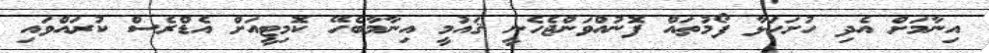
އިނާމަށް އެދި ހުށަހަޅާ ފޯމުތައް ފޮނުއްވަންޖެހެނީ ޤައުމީ އިނާމާބެހޭ ކޮމިޓީއަށް އެޑްރެސް ކުރައްވައި